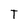
Character: T